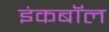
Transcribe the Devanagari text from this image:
इंकबॉल